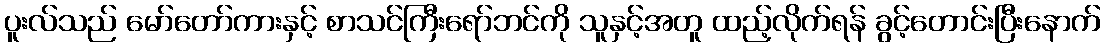
ပူးလ်သည် မော်တော်ကားနှင့် စာသင်ကြီးရော်ဘင်ကို သူနှင့်အတူ ထည့်လိုက်ရန် ခွင့်တောင်းပြီးနောက်